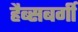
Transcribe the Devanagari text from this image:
हैब्सबर्गी